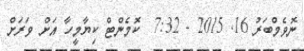
ނޮވެމްބަރު 16